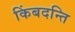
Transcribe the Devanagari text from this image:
किंबदन्ति